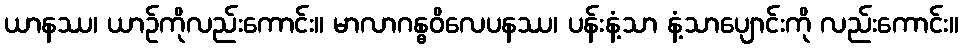
ယာနဿ၊ ယာဉ်ကိုလည်းကောင်း။ မာလာဂန္ဓဝိလေပနဿ၊ ပန်းနံ့သာ နံ့သာပျောင်းကို လည်းကောင်း။